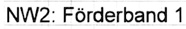
Text: NW2: Förderband 1